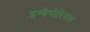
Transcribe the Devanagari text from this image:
इम्बैपीरियल